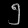
Digit: ၅